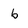
Character: b